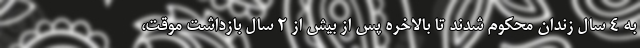
به ۴ سال زندان محکوم شدند تا بالاخره پس از بیش از ۲ سال بازداشت موقت،